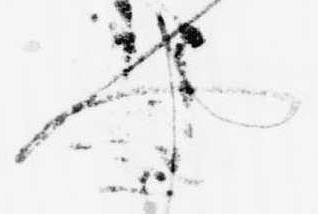
や